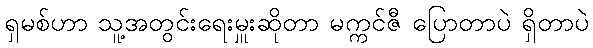
ရှမစ်ဟာ သူ့အတွင်းရေးမှူးဆိုတာ မက္ကင်ဇီ ပြောတာပဲ ရှိတာပဲ